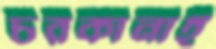
চরকানাই